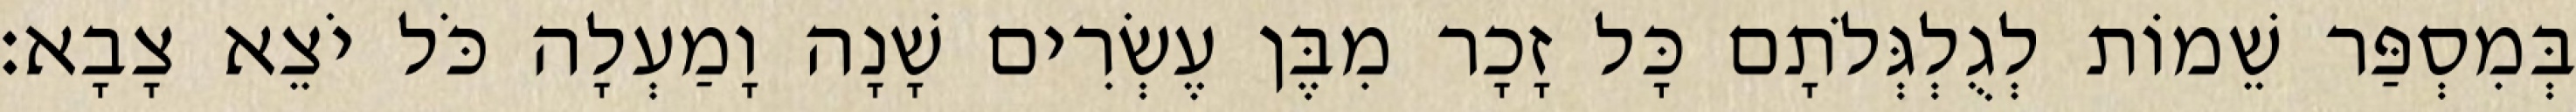
בְּמִסְפַּר שֵׁמוֹת לְגֻלְגְּלֹתָם כָּל זָכָר מִבֶּן עֶשְׂרִים שָׁנָה וָמַעְלָה כֹּל יֹצֵא צָבָא׃